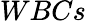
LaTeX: WBCs